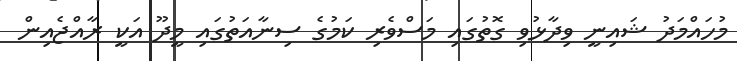
މުހައްމަދު ޝައިނީ ވިދާޅުވި ގޮތުގައި މަސްވެރި ކަމުގެ ސިނާއަތުގައި މީދޫ އަކީ ރާއްޖެއިން